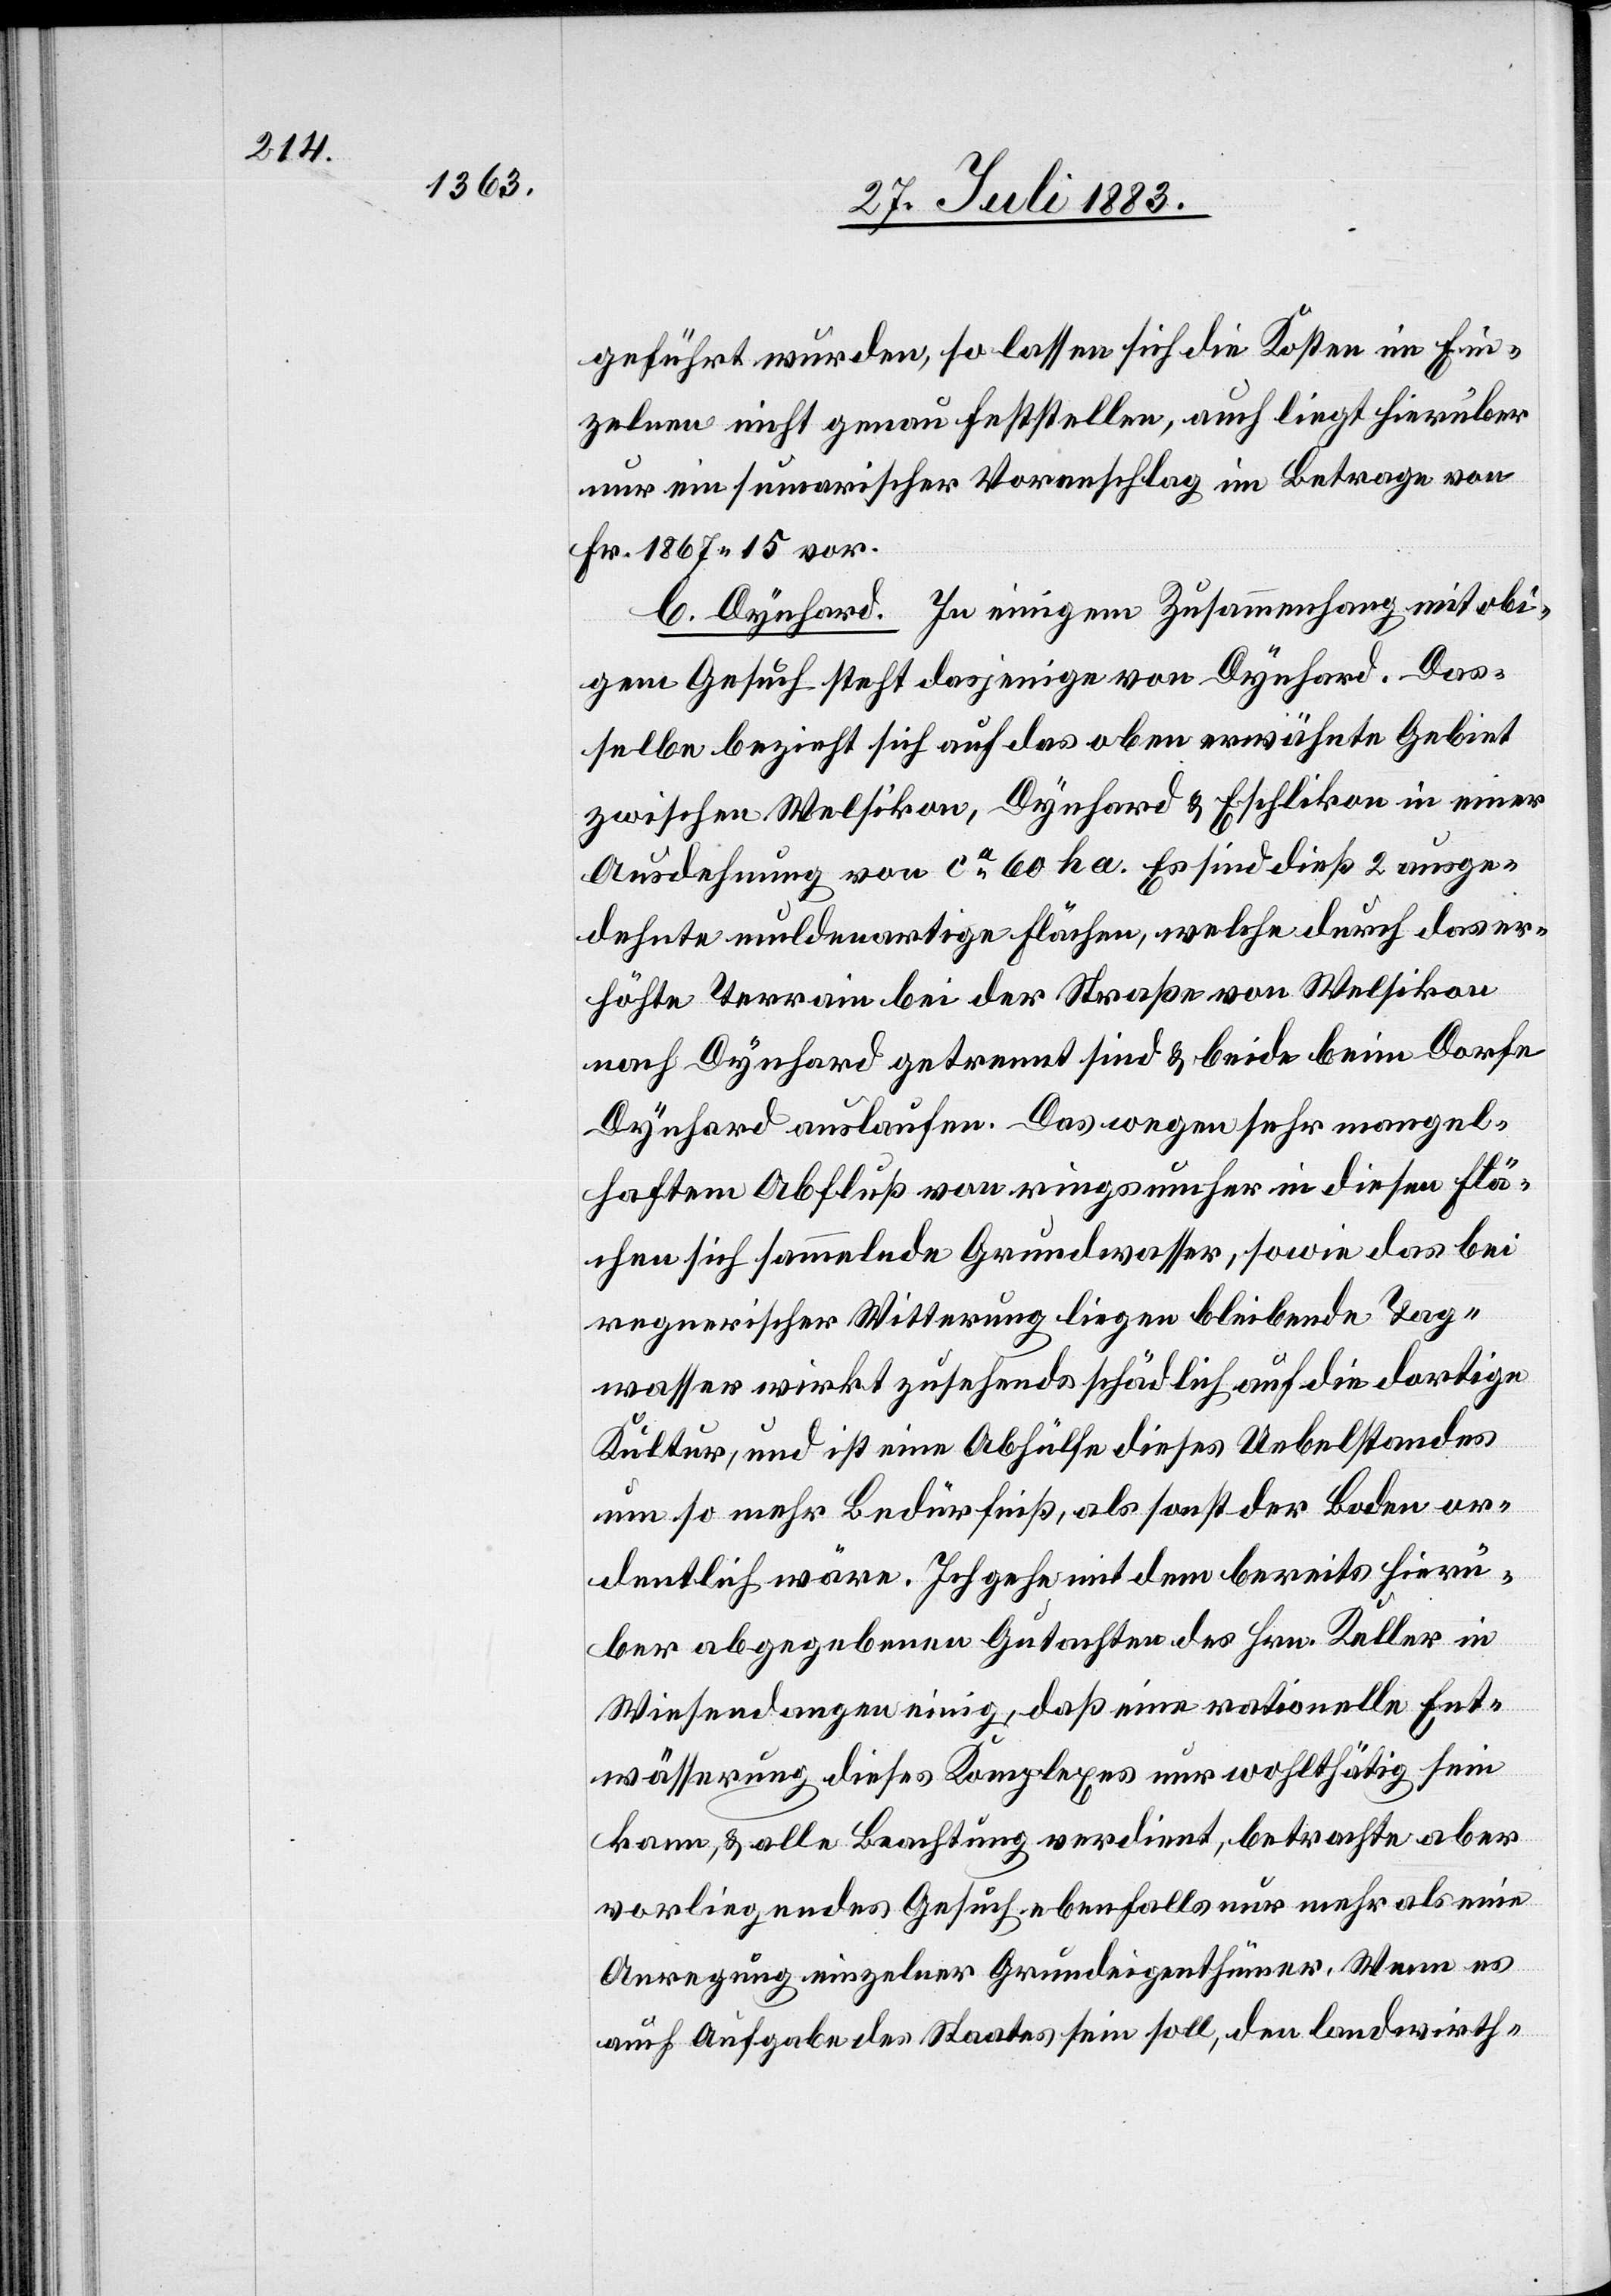
geführt wurden, so lassen sich die Kosten im Ein¬
zelnen nicht genau feststellen, auch liegt hierüber
nur ein sumarischer [sic!] Voranschlag im Betrage von
Fr. 1867 15 vor.
b. Dynhard. In einigem Zusammenhang mit obi¬
gem Gesuch steht dasjenige von Dynhard. Das¬
selbe bezieht sich auf das oben erwähnte Gebiet
zwischen Welsikon, Dynhard & Eschlikon in einer
Ausdehnung von ca 60 ha. Es sind dieß 2 ausge¬
dehnte muldenartige Flächen, welche durch das er¬
höhte Terrain bei der Straße von Welsikon
nach Dynhard getrennt sind & beide beim Dorfe
Dynhard auslaufen. Das wegen sehr mangel¬
haftem Abfluß von ringsumher in diesen Flä¬
chen sich sammelnde Grundwasser, sowie das bei
regnerischer Witterung liegen bleibende Tag¬
wasser wirkt zusehends schädlich auf die dortige
Kultur, und ist eine Abhülfe dieses Uebelstandes
um so mehr Bedürfniß, als sonst der Boden or¬
dentlich wäre. Ich gehe mit dem bereits hierü¬
ber abgegebenen Gutachten des Hrn. Keller in
Wiesendangen einig, daß eine rationelle Ent¬
wässerung dieses Komplexes nur wohlthätig sein
kann, & alle Beachtung verdient, betrachte aber
vorliegendes Gesuch ebenfalls nur mehr als eine
Anregung einzelner Grundeigenthümer. Wenn es
auch Aufgabe des Staates sein soll, den landwirth-